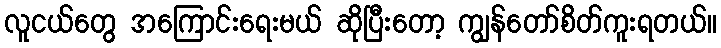
လူငယ်တွေ အကြောင်းရေးမယ် ဆိုပြီးတော့ ကျွန်တော်စိတ်ကူးရတယ်။